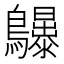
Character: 𱉆